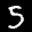
Label: 5